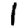
Digit: 1